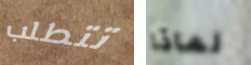
تتطلب لماذا